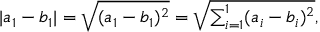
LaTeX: | a _ { 1 } - b _ { 1 } | = { \sqrt { ( a _ { 1 } - b _ { 1 } ) ^ { 2 } } } = { \sqrt { \textstyle \sum _ { i = 1 } ^ { 1 } ( a _ { i } - b _ { i } ) ^ { 2 } } } ,